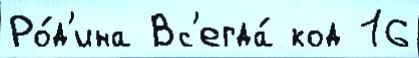
Ро́д'ина Вс'егда́ код 16